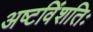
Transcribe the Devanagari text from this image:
अष्टविंशतिः